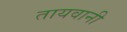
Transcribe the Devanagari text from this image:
तायवानी